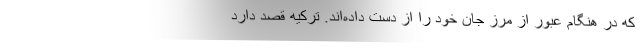
که در هنگام عبور از مرز جان خود را از دست داده‌اند. ترکیه قصد دارد